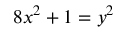
8 x ^ { 2 } + 1 = y ^ { 2 }